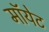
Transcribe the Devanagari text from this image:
मॉयेट